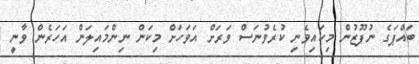
ބައްޕަގެ ނުފޫޒުން މިކައިވެނި ކުރެވުނަސް ވަރަށް އަވަހަށް މިކަން ނިންމައިލަން އަހަރެން ވާނީ